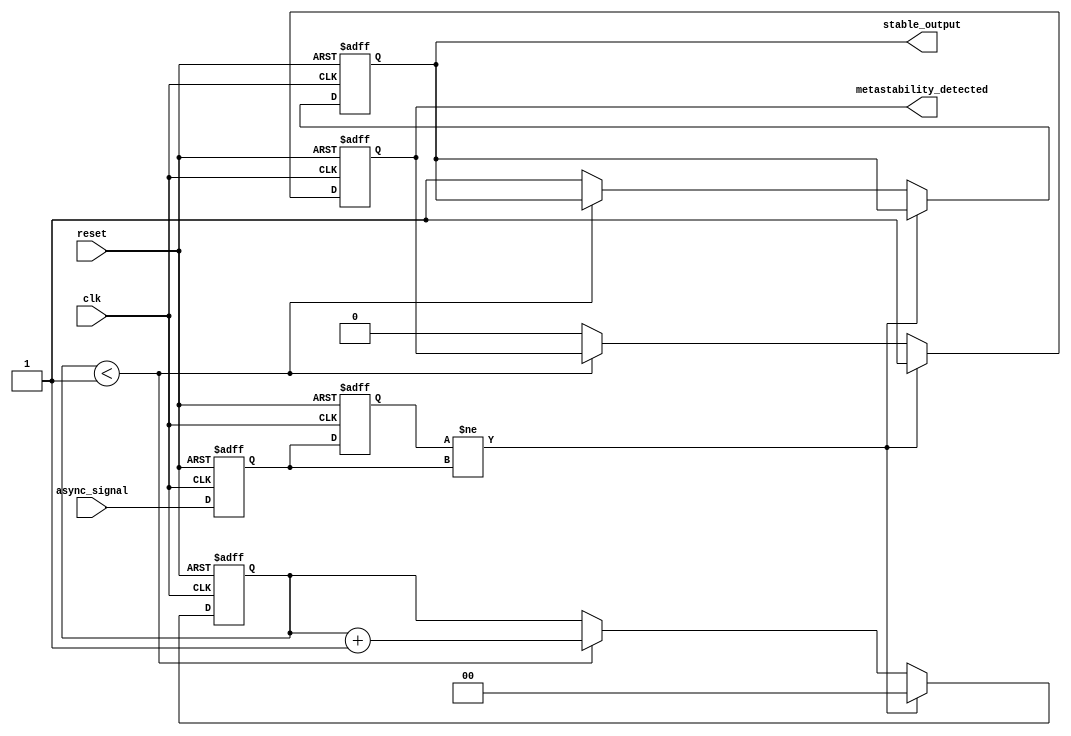
module metastability_detector (
    input clk,                   // Clock signal
    input reset,                 // Reset signal
    input async_signal,          // Potentially asynchronous input signal
    output reg metastability_detected,   // Flag for metastability detection
    output reg stable_output      // Flag indicating stable output
);

// Define parameters for the latches
parameter STABLE_THRESHOLD = 2; // Number of clock cycles for stability

// Internal signals for latches
reg latch1_out, latch2_out;
reg [1:0] stability_counter; // Counter for detecting stability

always @(posedge clk or posedge reset) begin
    if (reset) begin
        // Reset latches and flags on reset
        latch1_out <= 1'b0;
        latch2_out <= 1'b0;
        metastability_detected <= 1'b0;
        stable_output <= 1'b0;
        stability_counter <= 2'b00;
    end else begin
        // Sample the asynchronous signal into latch1
        latch1_out <= async_signal;

        // Sample the first latch's output into latch2
        latch2_out <= latch1_out;

        // Check for metastability
        if (latch2_out != latch1_out) begin
            metastability_detected <= 1'b1; // Metastability detected
            stability_counter <= 2'b00; // Reset stability counter
        end else begin
            if (stability_counter < STABLE_THRESHOLD-1) begin
                stability_counter <= stability_counter + 1'b1;
            end else begin
                metastability_detected <= 1'b0; // Clear metastability flag when stable
                stable_output <= 1'b1; // Indicate that the output is stable
            end
        end
    end
end

endmodule